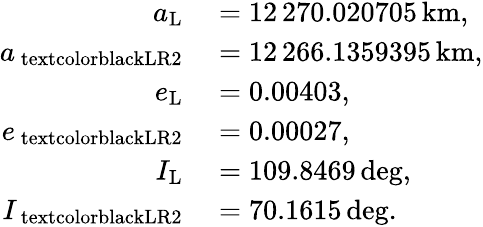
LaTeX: \begin{array}{rl}{a_{\mathrm{L}}}&{{}=12\, 270.020705\, \mathrm{km},}\\ {a_{\mathrm{\ textcolor{black}{LR2}}}}&{{}=12\, 266.1359395\, \mathrm{km},}\\ {e_{\mathrm{L}}}&{{}=0.00403,}\\ {e_{\mathrm{\ textcolor{black}{LR2}}}}&{{}=0.00027,}\\ {I_{\mathrm{L}}}&{{}=109.8469\, \mathrm{deg},}\\ {I_{\mathrm{\ textcolor{black}{LR2}}}}&{{}=70.1615\, \mathrm{deg}.}\end{array}